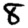
Digit: 8